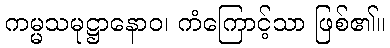
ကမ္မသမုဋ္ဌာနောဝ၊ ကံကြောင့်သာ ဖြစ်၏။